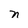
Character: n